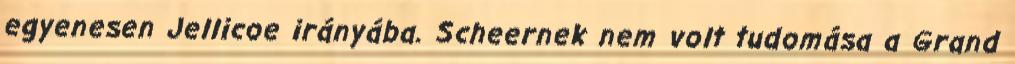
egyenesen Jellicoe irányába. Scheernek nem volt tudomása a Grand